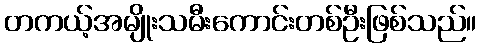
တကယ့်အမျိုးသမီးကောင်းတစ်ဦးဖြစ်သည်။